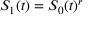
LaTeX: S _ { 1 } ( t ) = S _ { 0 } ( t ) ^ { r }